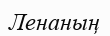
Ленаның